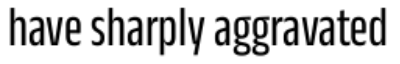
have sharply aggravated